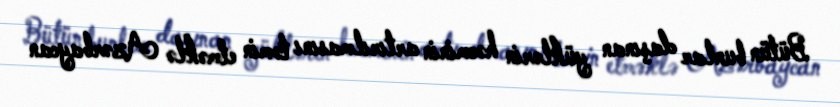
Bütün bunlar daşınan yüklərin həcminin artırılmasını təmin etməklə Azərbaycan